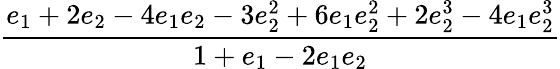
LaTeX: \displaystyle\frac{e_{1}+2e_{2}-4e_{1}e_{2}-3e_{2}^{2}+6e_{1}e_{2}^{2}+2e_{2}^{3}-4e_{1}e_{2}^{3}}{1+e_{1}-2e_{1}e_{2}}